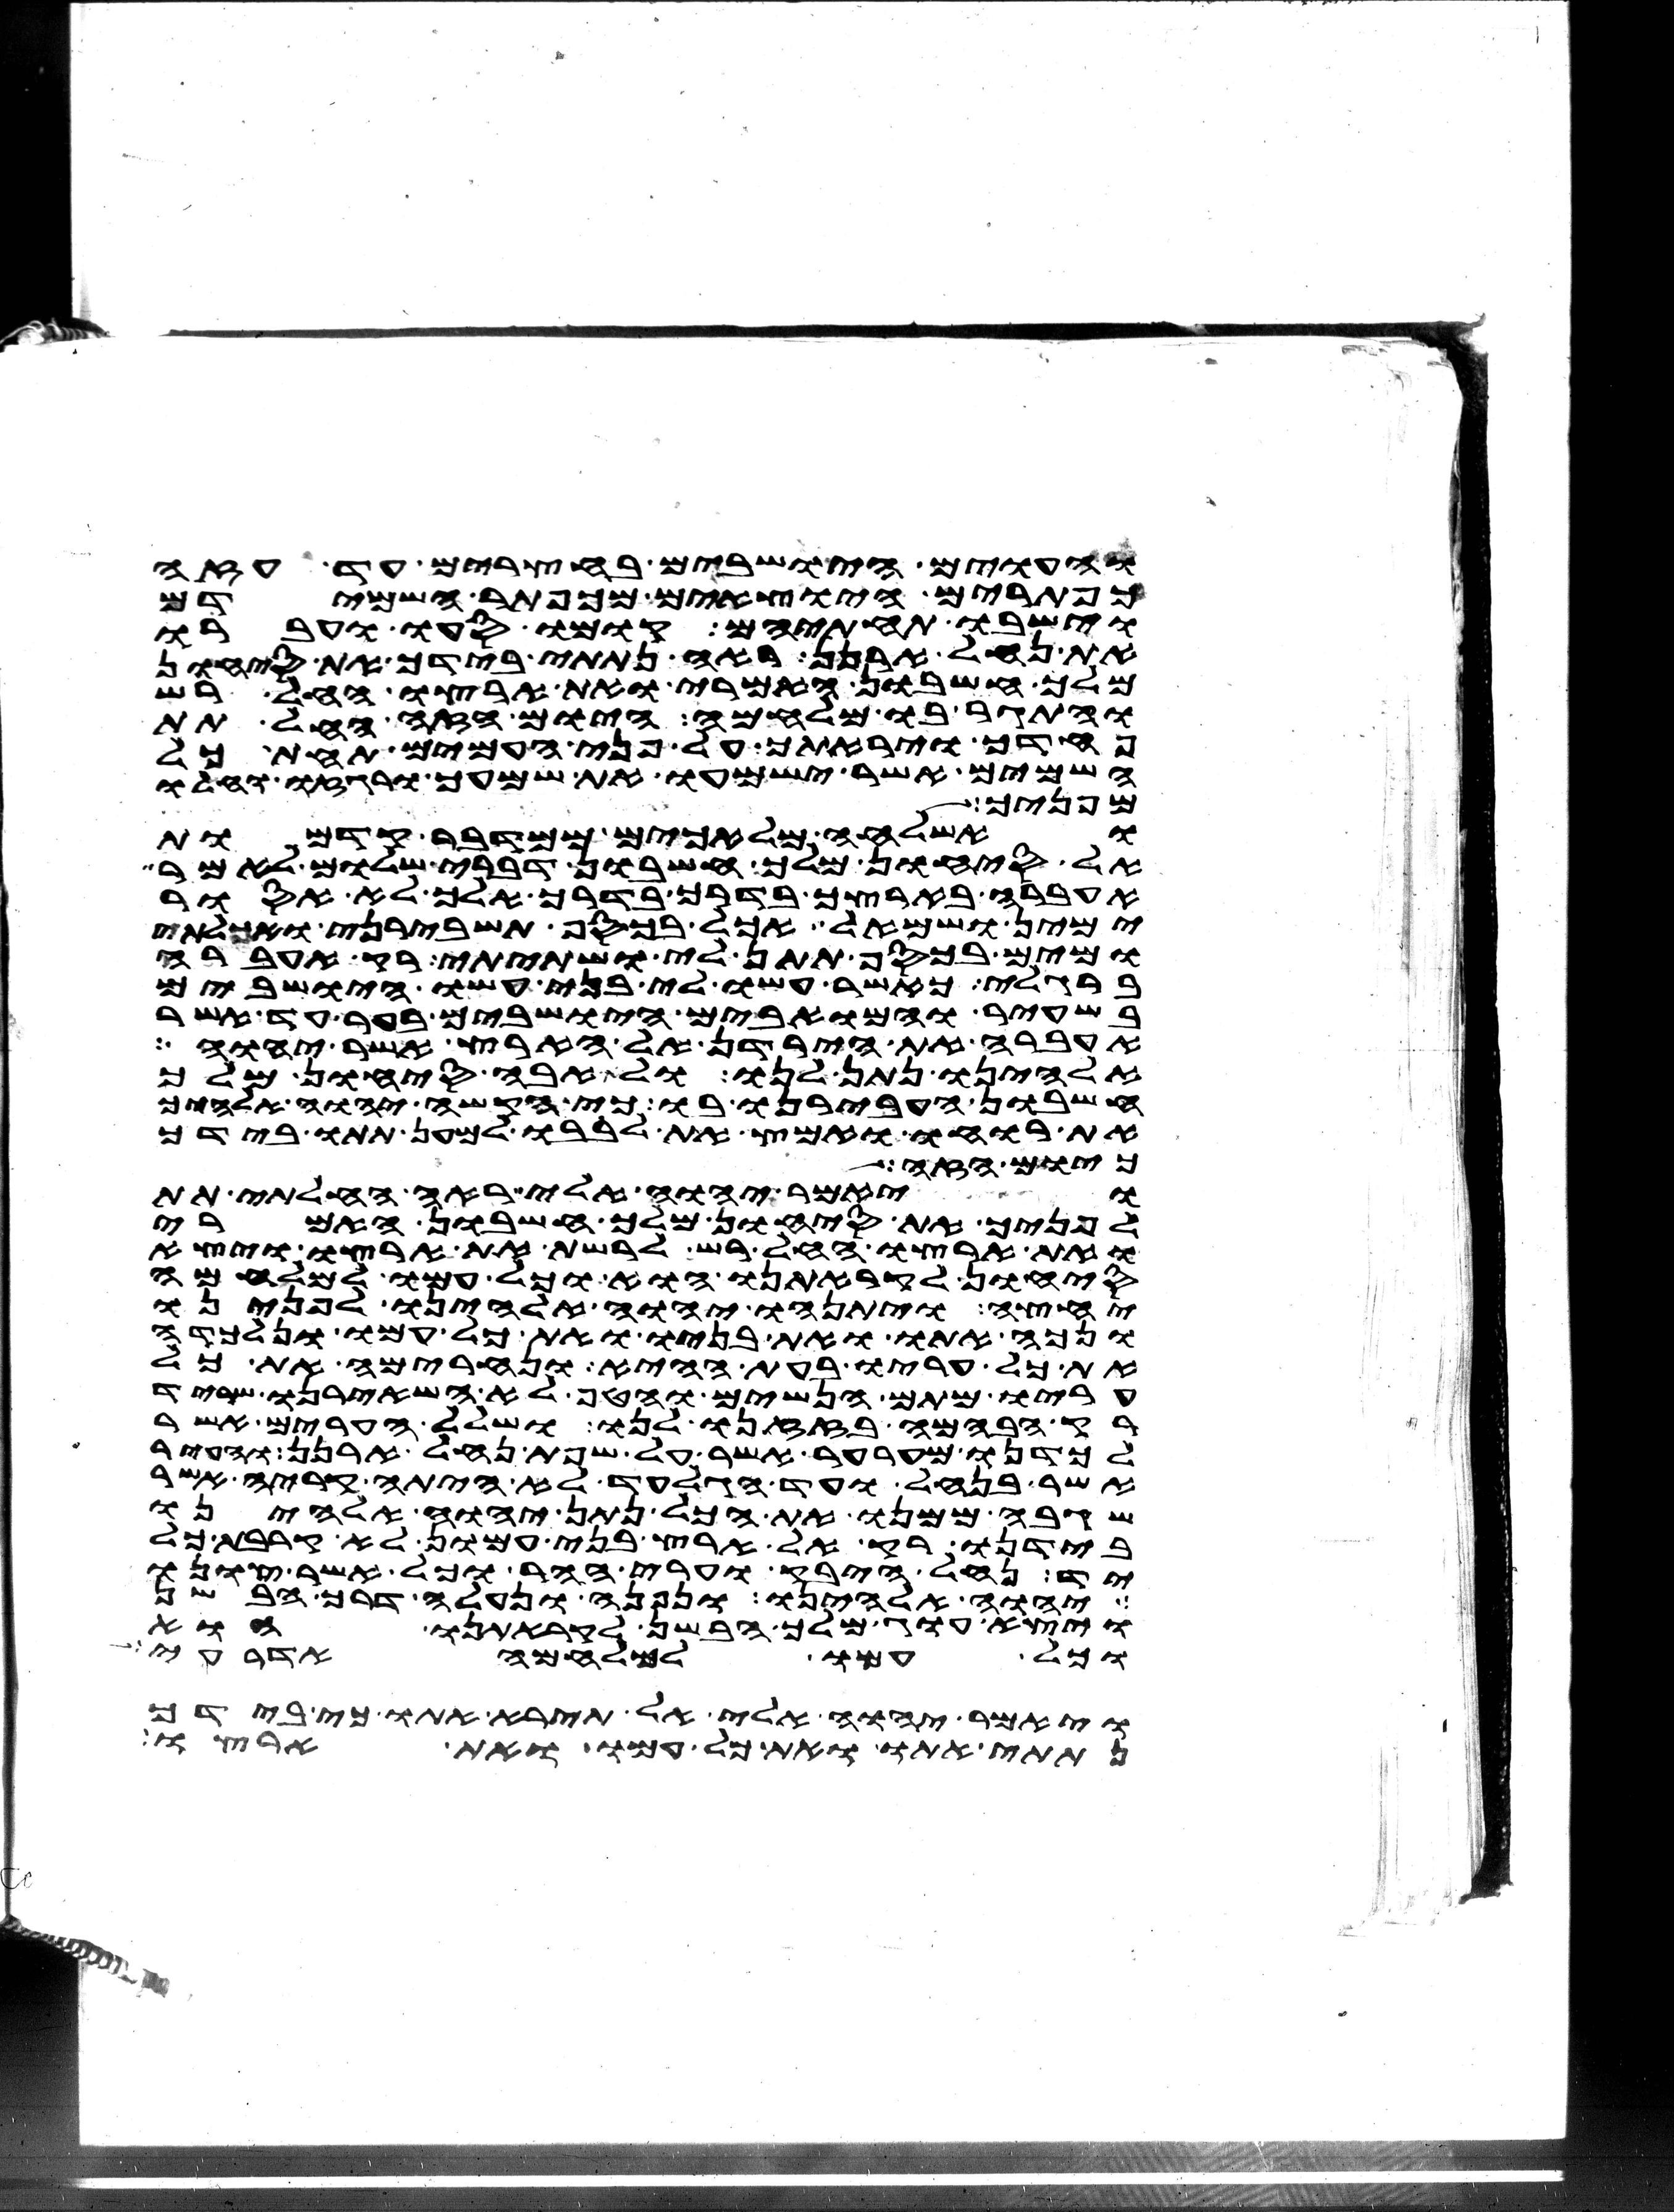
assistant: והעוים הישבים בחצרים עד עזה
כפתרים היוצאים מכפתר השמידם
וישבו תחתם קומו סעו ועברו
את נחל ארנן ראה נתתי בידך את סיחון
מלך חשבון האמרי ואת ארצו החל רש
והתגר בו מלחמה היום הזה החל תת
פחדך ויראתך על פני העמים תחת כל
השמים אשר ישמעו את שמעך ורגזו וחלו
מפניך
ואשלחה מלאכים ממדבר קדמות
אל סיחון מלך חשבון דברי שלום לאמר
אעברה בארצך בדרך בדרך אלך לא אסור
ימין ושמאל אכל בכסף תשבירני ואכלתי
ומים בכסף תתן לי ושתיתי רק אעברה
ברגלי כאשר עשו לי בני עשו הישבים
בשעיר והמואבים הישבים בער עד אשר
אעברה את הירדן אל הארץ אשר יהוה
אלהינו נתן לנו ולא אבה סיחון מלך
חשבון העבירנו בו כי הקשה יהוה אלהיך
את רוחו ואמץ את לבבו למען תתו בידך
כיום הזה
ויאמר יהוה אלי ראה החלתי תת
לפניך את סיחון מלך חשבון האמרי
ואת ארצו החל רש לרשת את ארצו ויצא
סיחון לקראתנו הוא וכל עמו למלחמה
יחצה ויתנהו יהוה אלהינו לפנינו
ונכה אתו ואת בניו ואת כל עמו ונלכדה
את כל עריו בעת ההיא ונחרימה את כל
עריו מתם הנשים והטף לא השאירנו שריד
רק הבהמה בזזנו לנו ושלל הערים אשר
לכדנו מערער אשר על שפת נחל ארנן והעיר
אשר בנחל ועד הגלעד לא היתה קריה אשר
שגבה ממנו את הכל נתן יהוה אלהינו
בידנו רק אל ארץ בני עמון לא קרבת כל
יד נחל היבק וערי ההר וכל אשר צונו
יהוה אלהינו ונפנה ונעלה דרך הבשן
ויצא עוג מלך הבשן לקראתנו הוא
וכל עמו למלחמה אדרעי
ויאמר יהוה אלי אל תירא אתו כי בידך
נתתי אתו ואת כל עמו ואת ארצו